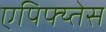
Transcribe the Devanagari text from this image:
एपिफ्य्तेस